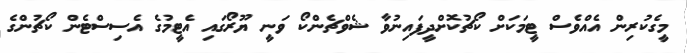
މީގެކުރިން އެއްވެސް ޓީމަކަށް ކޯޗުކޮށްދީފައިނުވާ ޝެވްޗެންކޯ ވަނީ ޔޫރޯގައި އެޓީމުގެ އެސިސްޓެން ކޯޗުންގެ